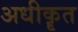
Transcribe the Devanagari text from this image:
अधीकॄत